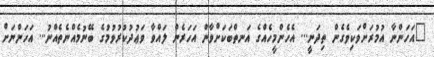
"އަހަންނާ އުމުރަށްވަކިވެގެން ތިދަނީ... އެހެންމީހެއްގެ އަނތްބަކަށްވާން އަހަރެން ލައްވާ ވަޢުދުކުރުވުމުގެ ބޭނުމެއްނެތެއްނު... އަހަންނަށް